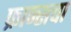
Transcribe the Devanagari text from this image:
फ्रान्‍सचा